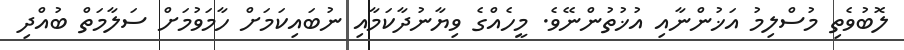
ލޮބުވެތި މުސްލިމު އަޚުންނާއި އުޚުތުންނޭވެ. މީހެއްގެ ވިޔާނުދާކަމާއި ނުބައިކަމަށް ހާމަވުމަށް ސަލާމަތް ބުއްދި